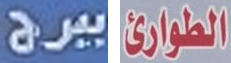
ببرج الطوارئ